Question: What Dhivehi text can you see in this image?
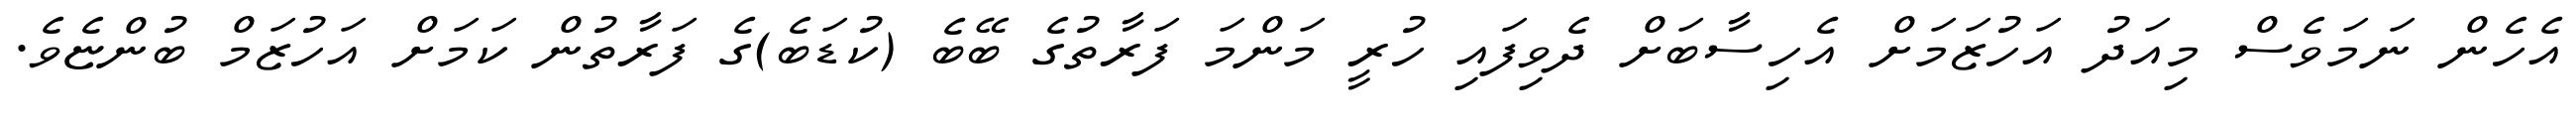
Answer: އެހެން ނަމަވެސް މިއަދު އަހުޒަމަށް އެހިސާބަށް ދެވިފައި ހުރީ މަންމަ ފަރާތުގެ ބޭބެ (ކުޑަބެ)ގެ ފަރާތުން ކަމަށް އަހުޒަމް ބުންޏެވެ.